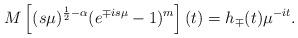
LaTeX: \begin{align*} M \left[ (s\mu)^{\frac12 - \alpha} (e^{\mp i s \mu} - 1)^m \right](t) = h_{\mp}(t) \mu^{-it}.\end{align*}